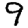
Digit: 9